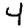
Digit: 4